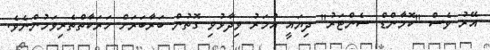
އޭރު ވެސް "ކޮމާންޑް ސެންޓަރު" ދިޔައީ އުމަރު ވިދާޅުވި ގޮތުން ބަރާބަރަށް ހަރަކާތްތެރިވަމުންނެވެ.